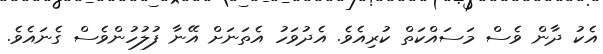
އެކު ދާން ވެސް މަސައްކަތް ކުރިއެވެ. އެދުވަހު އެތަނަށް އޭނާ ފުލުހުންވެސް ގެނައެވެ.